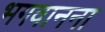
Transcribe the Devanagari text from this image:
भगवानना